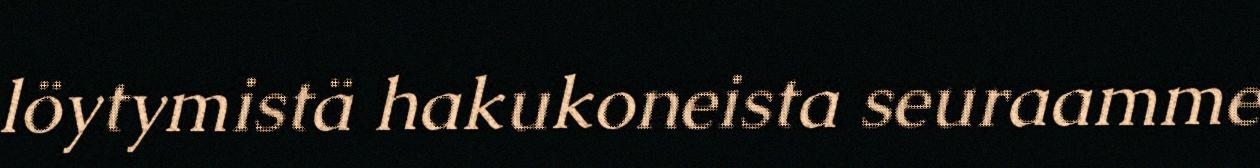
löytymistä hakukoneista seuraamme